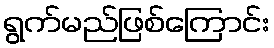
ရွက်မည်ဖြစ်ကြောင်း